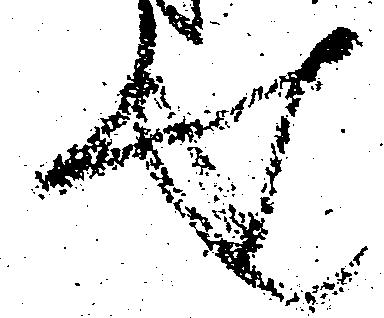
せ